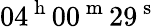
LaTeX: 04^{\mathrm{~h~}}00^{\mathrm{~m~}}29^{\mathrm{~s~}}